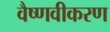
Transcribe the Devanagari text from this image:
वैष्णवीकरण